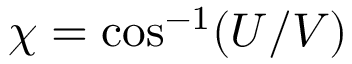
\chi = \cos ^ { - 1 } ( U / V )